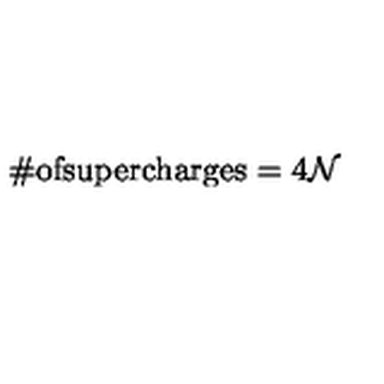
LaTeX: \# \mathrm { o f s u p e r c h a r g e s } = 4 \mathcal { N }